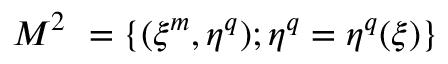
{ \cal M } ^ { 2 } ~ = \{ ( \xi ^ { m } , \eta ^ { q } ) ; \eta ^ { q } = \eta ^ { q } ( \xi ) \}